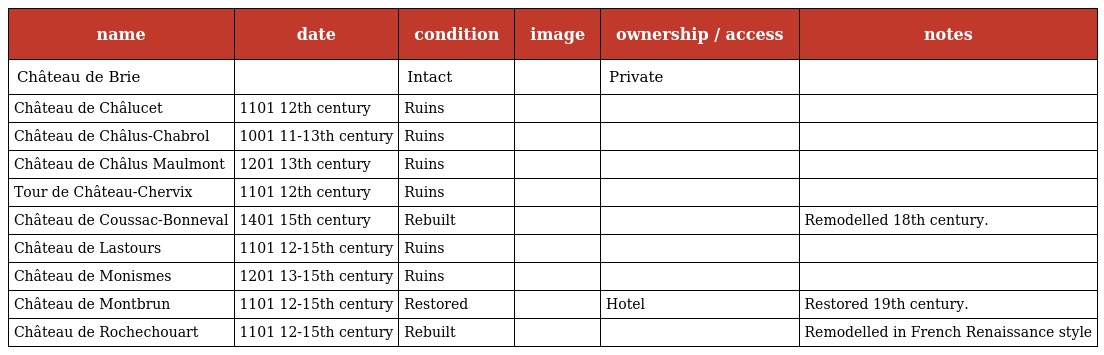
| name | date | condition | image | ownership / access | notes |
 | --- | --- | --- | --- | --- | --- |
 | Château de Brie |  | Intact |  | Private |  |
 | Château de Châlucet | 1101 12th century | Ruins |  |  |  |
 | Château de Châlus-Chabrol | 1001 11-13th century | Ruins |  |  |  |
 | Château de Châlus Maulmont | 1201 13th century | Ruins |  |  |  |
 | Tour de Château-Chervix | 1101 12th century | Ruins |  |  |  |
 | Château de Coussac-Bonneval | 1401 15th century | Rebuilt |  |  | Remodelled 18th century. |
 | Château de Lastours | 1101 12-15th century | Ruins |  |  |  |
 | Château de Monismes | 1201 13-15th century | Ruins |  |  |  |
 | Château de Montbrun | 1101 12-15th century | Restored |  | Hotel | Restored 19th century. |
 | Château de Rochechouart | 1101 12-15th century | Rebuilt |  |  | Remodelled in French Renaissance style |